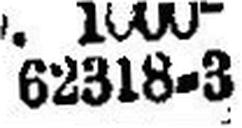
62318-3